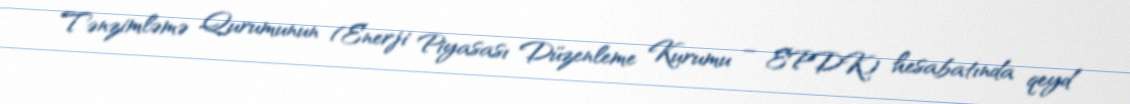
Tənzimləmə Qurumunun (Enerji Piyasası Düzenleme Kurumu – EPDK) hesabatında qeyd